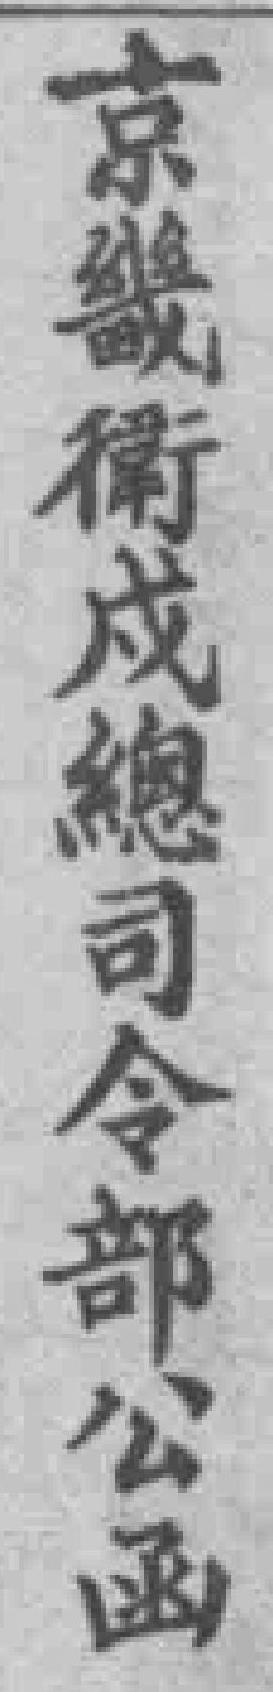
京畿衛戍總司令部公函